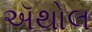
ઍથોલ